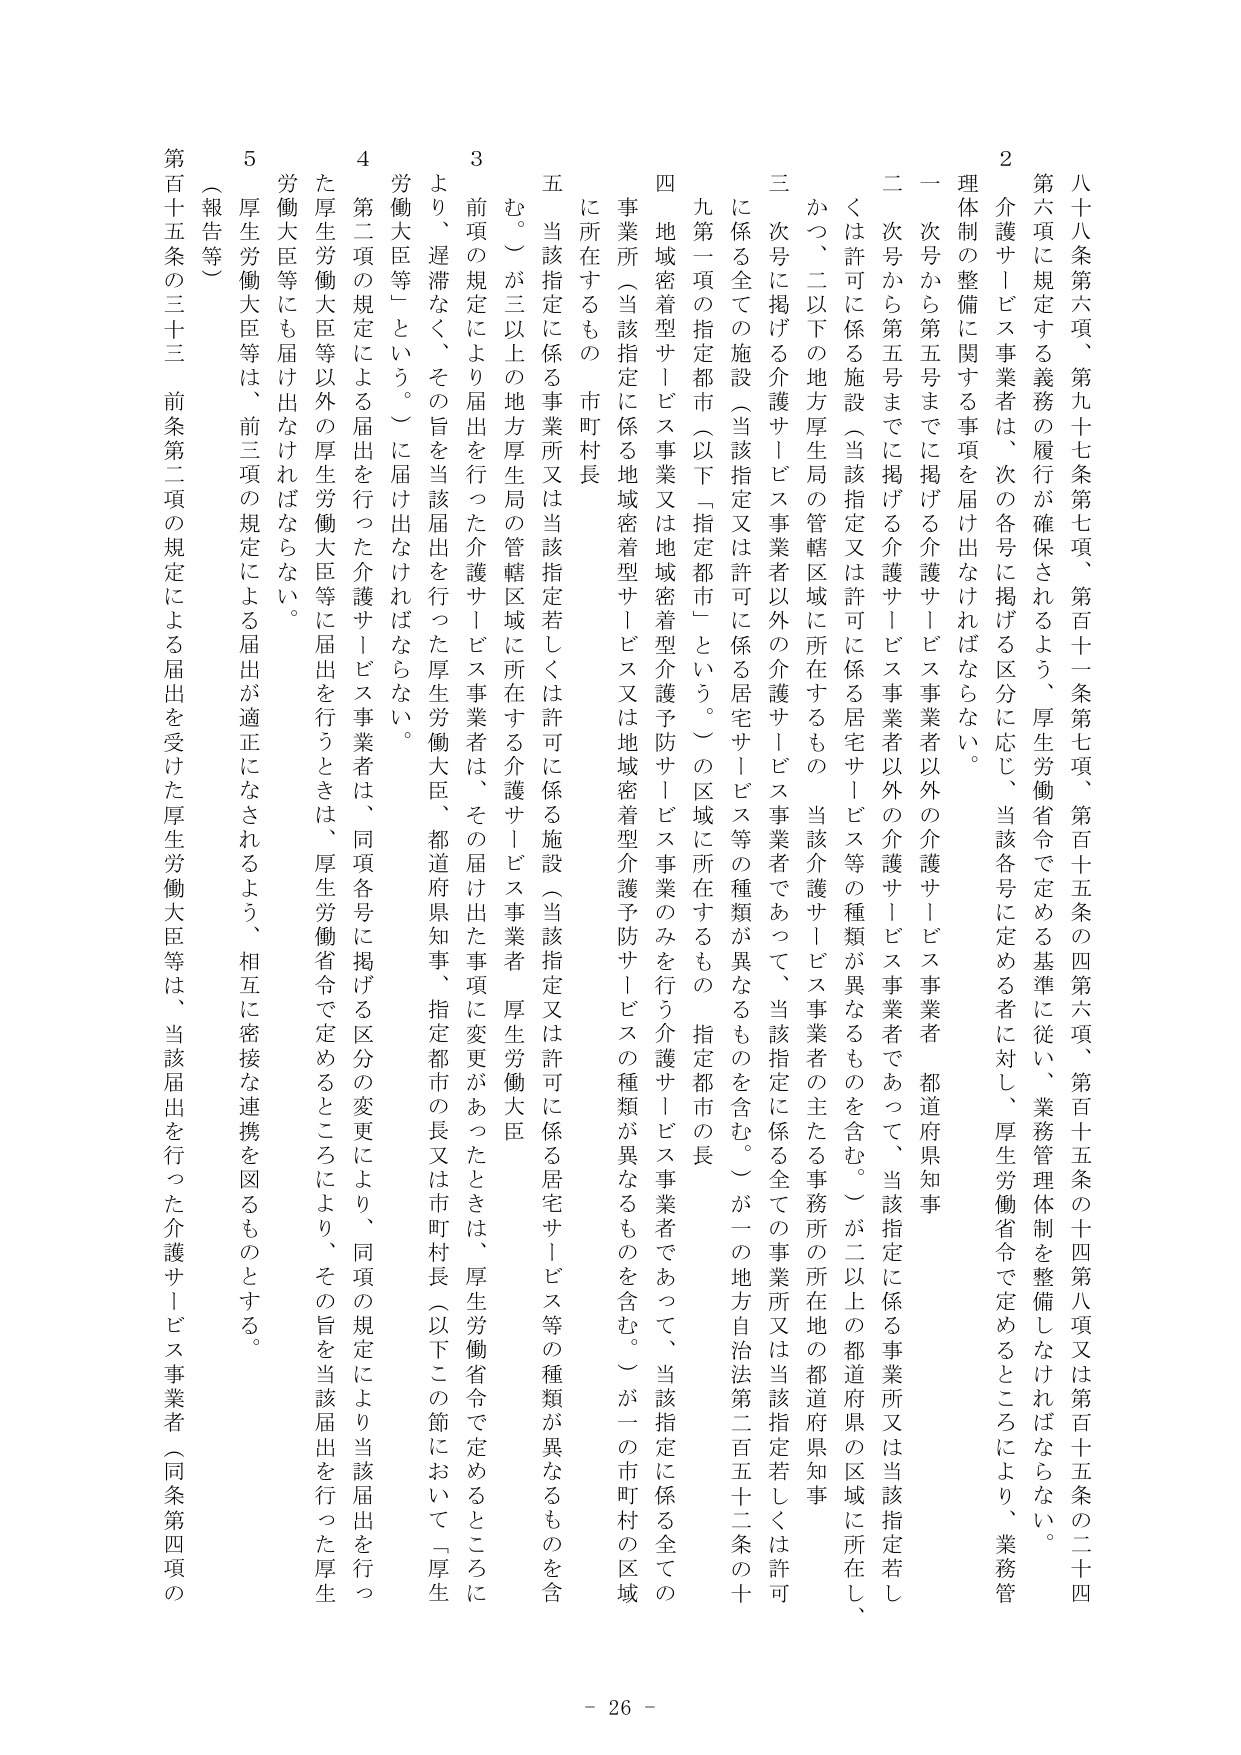
八十八条第六項、第九十七条第七項、第百十一条第七項、第百十五条の四第六項、第百十五条の十四第八項又は第百十五条の二十四第六項に規定する義務の履行が確保されるよう、厚生労働省令で定める基準に従い、業務管理体制を整備しなければならない。

２ 介護サービス事業者は、次の各号に掲げる区分に応じ、当該各号に定める者に対し、厚生労働省令で定めるところにより、業務管理体制の整備に関する事項を届け出なければならない。

一 次号から第五号までに掲げる介護サービス事業者以外の介護サービス事業者（都道府県知事）

二 次号から第五号までに掲げる介護サービス事業者以外の介護サービス事業者であって、当該指定に係る事業所又は当該指定若しくは許可に係る施設（当該指定又は許可に係る居宅サービス等の種類が異なるものを含む。）が二以上の都道府県の区域に所在し、かつ、二以下の地方厚生局の管轄区域に所在するもの（当該介護サービス事業者の主たる事務所の所在地の都道府県知事）

三 次号に掲げる介護サービス事業者以外の介護サービス事業者であって、当該指定に係る全ての事業所又は当該指定若しくは許可に係る全ての施設（当該指定又は許可に係る居宅サービス等の種類が異なるものを含む。）が一の地方自治法第二百五十二条の十九第一項の指定都市（以下「指定都市」という。）の区域に所在するもの（指定都市の長）

四 地域密着型サービス事業又は地域密着型介護予防サービス事業のみを行う介護サービス事業者であって、当該指定に係る全ての事業所（当該指定に係る地域密着型サービス又は地域密着型介護予防サービスの種類が異なるものを含む。）が一の市町村の区域に所在するもの（市町村長）

五 当該指定に係る事業所又は当該指定若しくは許可に係る施設（当該指定又は許可に係る居宅サービス等の種類が異なるものを含む。）が三以上の地方厚生局の管轄区域に所在する介護サービス事業者（厚生労働大臣）

３ 前項の規定により届出を行った介護サービス事業者は、その届け出た事項に変更があったときは、厚生労働省令で定めるところにより、遅滞なく、その旨を当該届出を行った厚生労働大臣、都道府県知事、指定都市の長又は市町村長（以下この節において「厚生労働大臣等」という。）に届け出なければならない。

４ 第二項の規定による届出を行った介護サービス事業者は、同項各号に掲げる区分の変更により、同項の規定により当該届出を行った厚生労働大臣等以外の厚生労働大臣等に届出を行うときは、厚生労働省令で定めるところにより、その旨を当該届出を行った厚生労働大臣等にも届け出なければならない。

５ 厚生労働大臣等は、前三項の規定による届出が適正になされるよう、相互に密接な連携を図るものとする。

（報告等）

第百十五条の三十三 前条第二項の規定による届出を受けた厚生労働大臣等は、当該届出を行った介護サービス事業者（同条第四項の

- 26 -